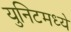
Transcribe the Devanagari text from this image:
युनिटमध्ये